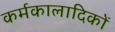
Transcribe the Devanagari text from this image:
कर्मकालादिकों